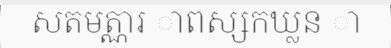
សតមត្ណារ ាពស្សកឃ្លន ា